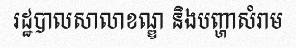
រដ្ឋបាលសាលាខណ្ឌ និងបញ្ហាសំរាម